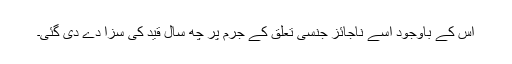
اس کے باوجود اسے ناجائز جنسی تعلق کے جرم پر چھ سال قيد کی سزا دے دی گئی۔